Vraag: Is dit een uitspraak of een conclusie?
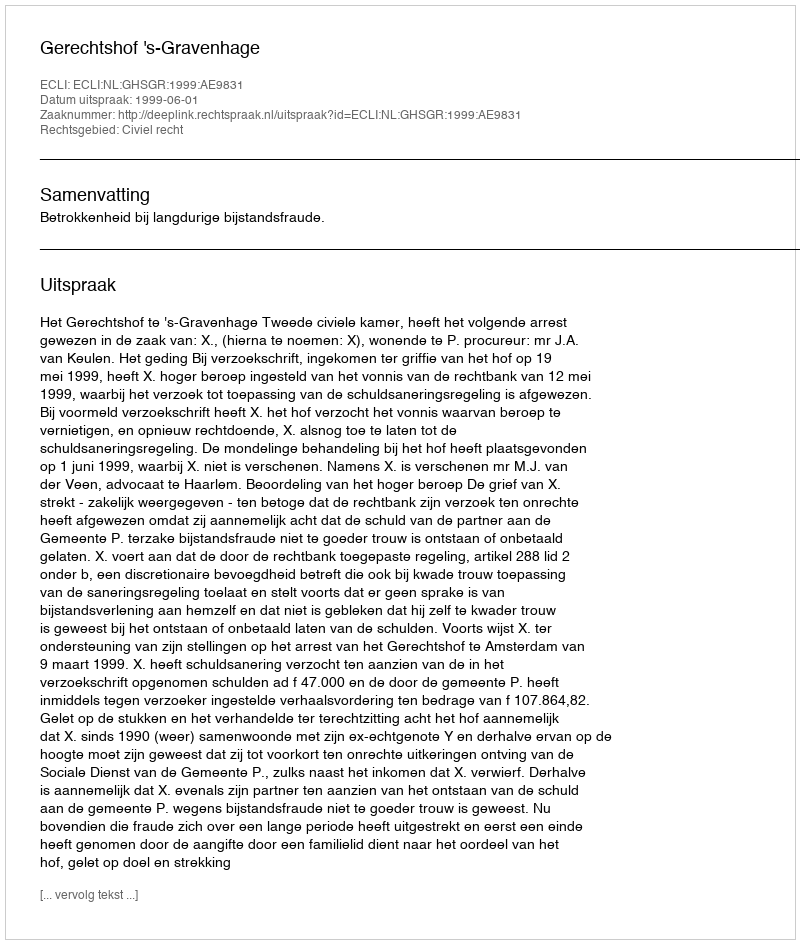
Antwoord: Uitspraak